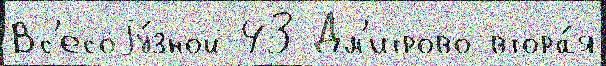
Вс'есоjу́зной 43 Дм'итрово втора́я